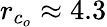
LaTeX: r_{c_{o}}\approx 4.3